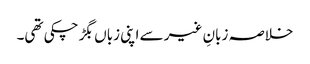
خلاصہ زبانِ غیر سے اپنی زباں بگڑ چکی تھی۔